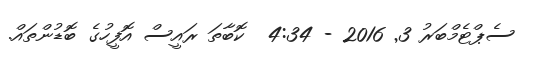
ސެޕްޓެމްބަރު 3